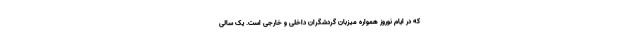
که در ایام نوروز همواره میزبان گردشگران داخلی و خارجی است. یک سالی